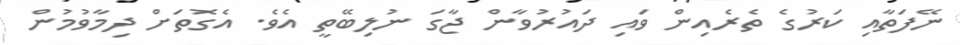
ނޭފަތާއި ކަރުގެ ތެރެއިން ވައި ދައުރުވާން ޖާގަ ނުލިބޭތީ އެވެ. އެގޮތަށް ދިމާވުމުން